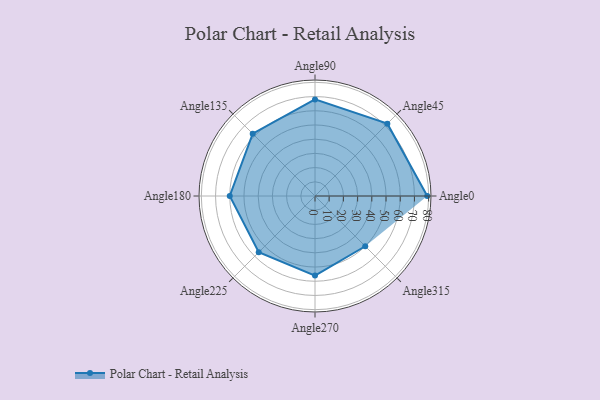
{"axis": {"x": "Angle", "y": "Radius"}, "legend": [""], "data": [{"x": "Angle0", "y": 79.0, "type": ""}, {"x": "Angle45", "y": 72.0, "type": ""}, {"x": "Angle90", "y": 68.0, "type": ""}, {"x": "Angle135", "y": 62.0, "type": ""}, {"x": "Angle180", "y": 60.0, "type": ""}, {"x": "Angle225", "y": 56.0, "type": ""}, {"x": "Angle270", "y": 56.0, "type": ""}, {"x": "Angle315", "y": 50.0, "type": ""}]}